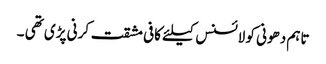
تاہم دھونی کو لائسنس کیلئے کافی مشقت کرنی پڑی تھی ۔